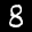
Label: 8